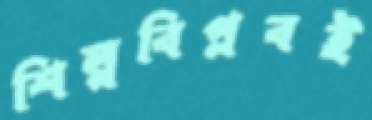
শিল্পবিপ্লবই